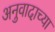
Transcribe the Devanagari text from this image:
अनुवादाच्‍या